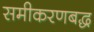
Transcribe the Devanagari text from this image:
समीकरणबद्ध